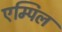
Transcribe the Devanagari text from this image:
एम्पिल